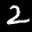
Label: 2